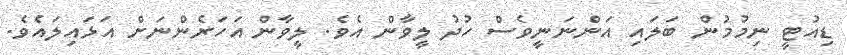
ޑިއުޓީ ނިމުމުން ބަލައި އަންނަނީވެސް ހުުދު ލީވާން އެވެ. ލީވާން އަހަރެންނަށް އަޅައިލައެވެ.